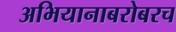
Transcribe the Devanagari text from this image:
अभियानाबरोबरच